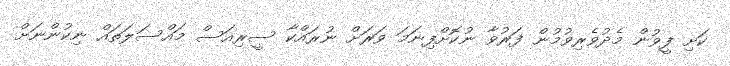
ކަށި ފީވުން މެދުވެރިވުމުން ފަރުވާ ނުކޮށްފިނަމަ ވަރަށް ނުރައްކާ ސީރިއަސް މައްސަލަތައް ނިކުންނަށް